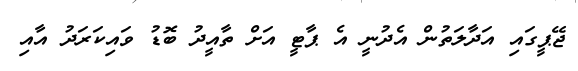
ޖޭޕީގައި އަދާލަތުން އެދުނީ އެ ޕާޓީ އަށް ތާއީދު ބޮޑު ވައިކަރަދު އާއި